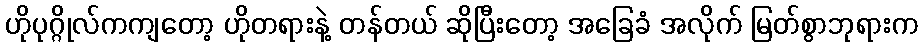
ဟိုပုဂ္ဂိုလ်ကကျတော့ ဟိုတရားနဲ့ တန်တယ် ဆိုပြီးတော့ အခြေခံ အလိုက် မြတ်စွာဘုရားက